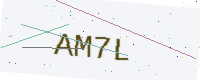
Text: AM7L